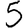
Digit: 5